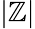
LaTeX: |\mathbb{Z}|